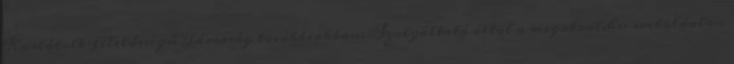
Korlátolt Felelősségű Társaság továbbiakban: Szolgáltató által a megatool.hu weboldalon